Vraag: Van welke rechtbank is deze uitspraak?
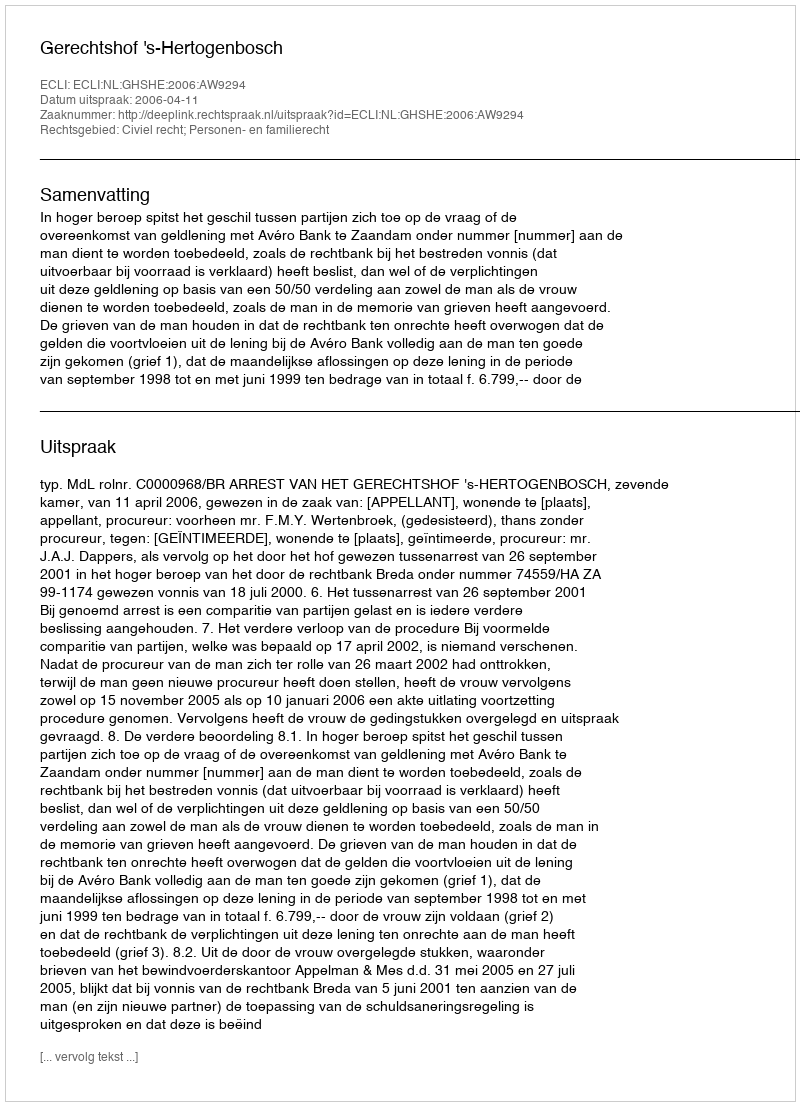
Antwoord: Gerechtshof 's-Hertogenbosch